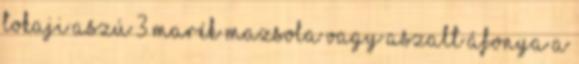
tokaji aszú 3 marék mazsola vagy aszalt áfonya A